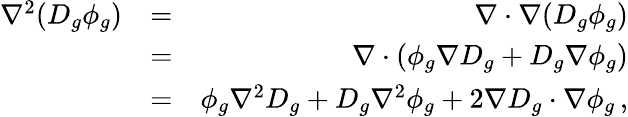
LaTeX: \begin{array}{rlr}{\nabla^{2}(D_{g}\phi_{g})}&{=}&{\nabla\cdot\nabla(D_{g}\phi_{g})}\\ &{=}&{\nabla\cdot\left(\phi_{g}\nabla D_{g}+D_{g}\nabla\phi_{g}\right)}\\ &{=}&{\phi_{g}\nabla^{2}D_{g}+D_{g}\nabla^{2}\phi_{g}+2\nabla D_{g}\cdot\nabla\phi_{g}\, ,}\end{array}